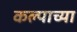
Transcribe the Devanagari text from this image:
कल्पाच्या